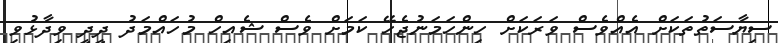
ސިޔާސަތުތަކަށް އެއްވެސް ވަރަކަށް ހިންހަމަނުޖެހޭ ކަމަށް ވެސް ޝެއިހް މުހައްމަދު ދީދީ ވިދާޅުވި